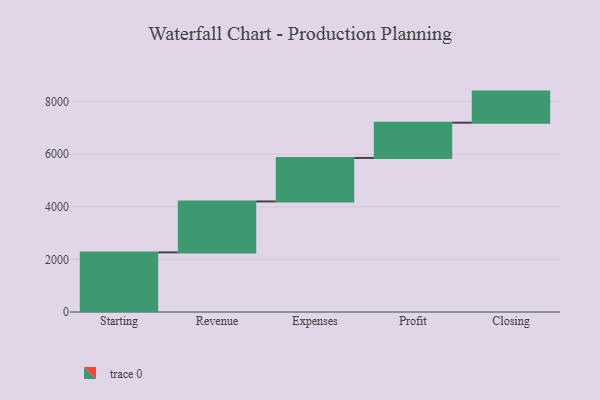
{"axis": {"x": "Step", "y": "Value"}, "legend": [""], "data": [{"x": "Starting", "y": 2267.0, "type": ""}, {"x": "Revenue", "y": 1937.0, "type": ""}, {"x": "Expenses", "y": 1654.0, "type": ""}, {"x": "Profit", "y": 1341.0, "type": ""}, {"x": "Closing", "y": 1182.0, "type": ""}]}